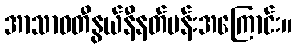
အာသာဝတီနွယ်နီနတ်ပန်းအကြောင်း။